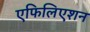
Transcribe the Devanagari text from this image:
एफिलिएशन